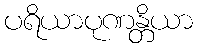
ပရိယာပုဏန္တိယာ